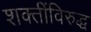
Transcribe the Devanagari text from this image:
शक्तींविरुद्ध